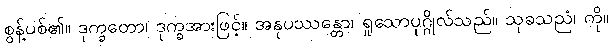
စွန့်ပစ်၏။ ဒုက္ခတော၊ ဒုက္ခအားဖြင့်။ အနုပဿန္တော၊ ရှုသောပုဂ္ဂိုလ်သည်။ သုခသညံ၊ ကို။